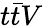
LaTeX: t\bar{t}V